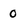
Character: 0